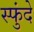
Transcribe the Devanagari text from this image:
स्फुंदे